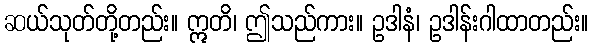
ဆယ်သုတ်တို့တည်း။ ဣတိ၊ ဤသည်ကား။ ဥဒါနံ၊ ဥဒါန်းဂါထာတည်း။